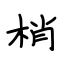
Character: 梢